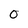
Character: O